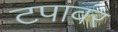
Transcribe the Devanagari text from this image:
टपावर